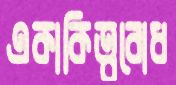
একাকিত্ববোধ